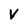
Character: V